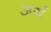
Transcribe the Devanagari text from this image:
अर्य